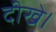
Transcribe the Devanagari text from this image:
दीखे।